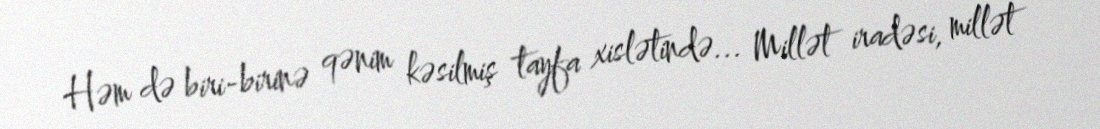
Həm də biri-birinə qənim kəsilmiş tayfa xislətində... Millət iradəsi, millət